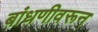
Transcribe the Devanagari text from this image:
बांधणीवरून